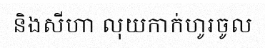
និងសីហា លុយកាក់ហូរចូល